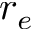
r _ { e }